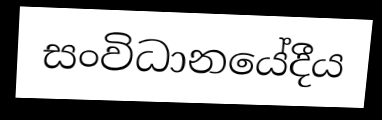
සංවිධානයේදීය